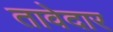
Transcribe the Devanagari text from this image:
तावेदार